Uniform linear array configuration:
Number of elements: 8
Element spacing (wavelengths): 0.75
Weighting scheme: kaiser
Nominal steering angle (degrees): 30
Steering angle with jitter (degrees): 29.689
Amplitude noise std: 0.05
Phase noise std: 0.05

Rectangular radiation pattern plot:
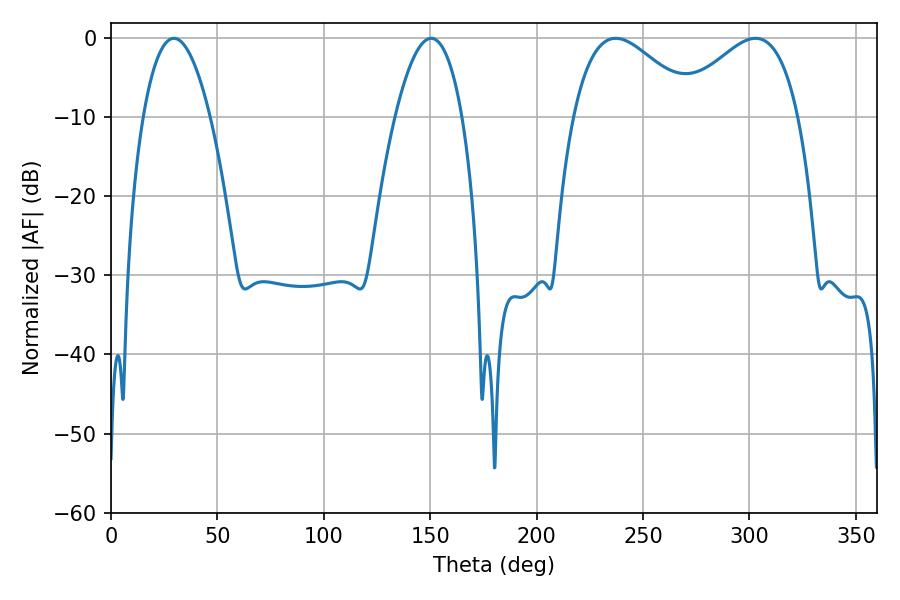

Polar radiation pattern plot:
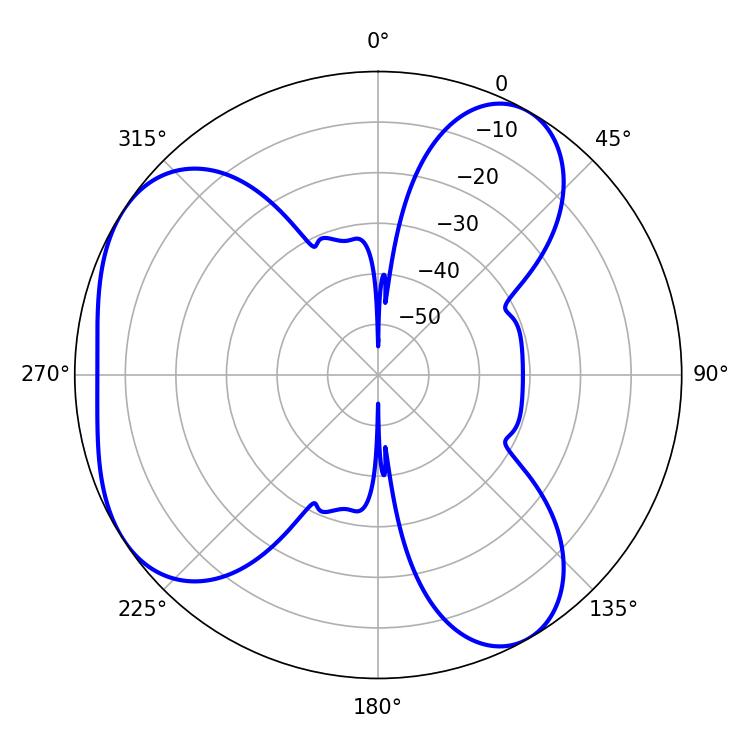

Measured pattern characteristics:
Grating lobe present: TRUE
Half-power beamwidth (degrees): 17.46
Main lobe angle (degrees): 29.52